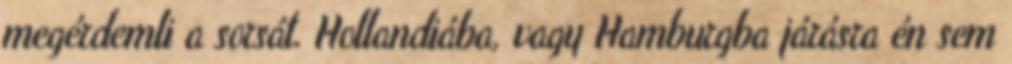
megérdemli a sorsát. Hollandiába, vagy Hamburgba járásra én sem